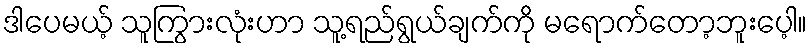
ဒါပေမယ့် သူကြွားလုံးဟာ သူ့ရည်ရွယ်ချက်ကို မရောက်တော့ဘူးပေ့ါ။